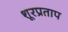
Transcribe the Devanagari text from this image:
शूरप्रताप